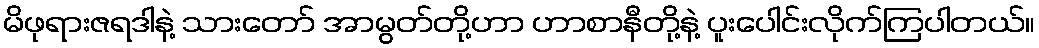
မိဖုရားဇရဒါနဲ့ သားတော် အာမွတ်တို့ဟာ ဟာစာနီတို့နဲ့ ပူးပေါင်းလိုက်ကြပါတယ်။